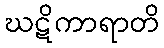
ဃဋိကာရာတိ